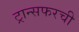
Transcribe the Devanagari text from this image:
ट्रान्सफरची